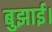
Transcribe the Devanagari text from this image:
बुझाई।